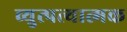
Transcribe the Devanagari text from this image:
व्युत्पत्यात्मक